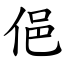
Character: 俋